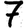
Digit: 7